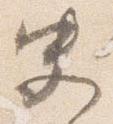
史